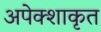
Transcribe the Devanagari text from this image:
अपेक्शाकृत